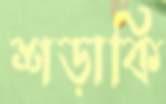
শড়াকি